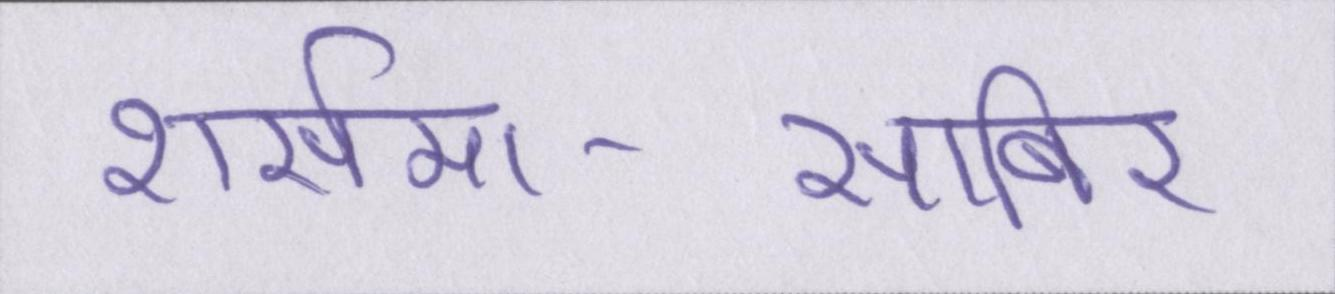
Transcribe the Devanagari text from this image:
शर्समा-साबिर